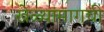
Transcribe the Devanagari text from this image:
खेळ्यांमागची